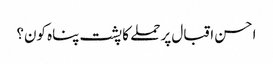
احسن اقبال پر حملے کا پشت پناہ کون؟